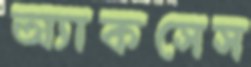
অ্যাকসেস